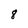
Character: 8